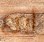
أبرع